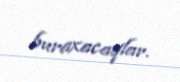
buraxacaqlar.